Vaccination in the Punjab 1867-1880 - 1867-1880
Year: 1867
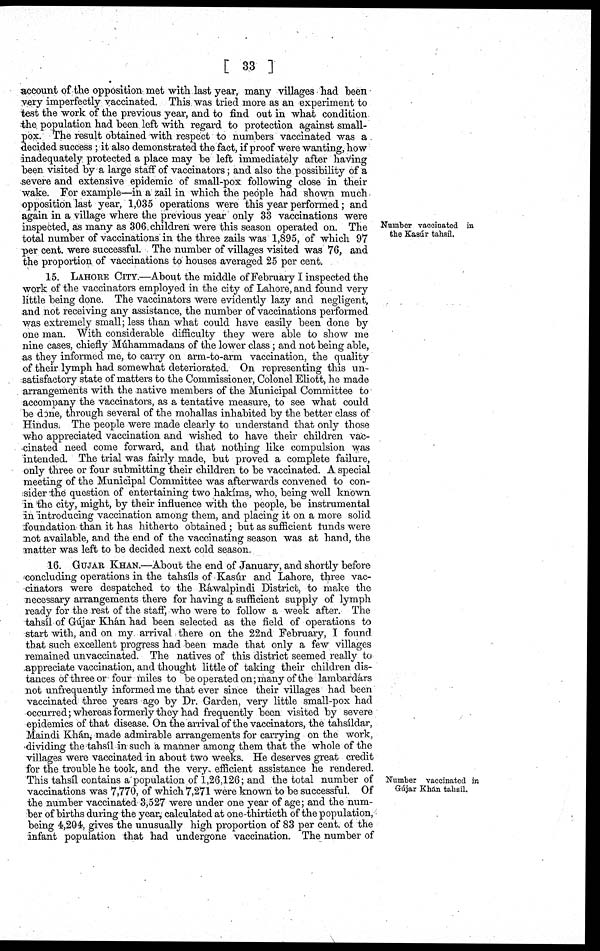
[ 33 ]
Number vaccinated in
the Kasúr tahsíl.
account of the opposition met with last year, many villages had been
very imperfectly vaccinated. This was tried more as an experiment to
test the work of the previous year, and to find out in what condition
the population had been left with regard to protection against small-
pox. The result obtained with respect to numbers vaccinated was a
decided success ; it also demonstrated the fact, if proof were wanting, how
inadequately protected a place may be left immediately after having
been visited by a large staff of vaccinators; and also the possibility of a
severe and extensive epidemic of small-pox following close in their
wake. For example—in a zail in which the people had shown much
opposition last year, 1,035 operations were this year performed; and
again in a village where the previous year only 33 vaccinations were
inspected, as many as 306 children were this season operated on. The
total number of vaccinations in the three zails was 1,895, of which 97
per cent. were successful. The number of villages visited was 76, and
the proportion of vaccinations to houses averaged 25 per cent.
15. LAHORE CITY.—About the middle of February I inspected the
work of the vaccinators employed in the city of Lahore, and found very
little being done. The vaccinators were evidently lazy and negligent,
and not receiving any assistance, the number of vaccinations performed
was extremely small; less than what could have easily been done by
one man. With considerable difficulty they were able to show me
nine cases, chiefly Múhammadans of the lower class; and not being able,
as they informed me, to carry on arm-to-arm vaccination, the quality
of their lymph had somewhat deteriorated. On representing this un-
satisfactory state of matters to the Commissioner, Colonel Eliott, he made
arrangements with the native members of the Municipal Committee to
accompany the vaccinators, as a tentative measure, to see what could
be done, through several of the mohallas inhabited by the better class of
Hindus. The people were made clearly to understand that only those
who appreciated vaccination and wished to have their children vac-
cinated need come forward, and that nothing like compulsion was
intended. The trial was fairly made, but proved a complete failure,
only three or four submitting their children to be vaccinated. A special
meeting of the Municipal Committee was afterwards convened to con-
sider the question of entertaining two hakims, who, being well known
in the city, might, by their influence with the people, be instrumental
in introducing vaccination among them, and placing it on a more solid
foundation than it has hitherto obtained ; but as sufficient funds were
not available, and the end of the vaccinating season was at hand, the
matter was left to be decided next cold season.
Number vaccinated in
Gújar Khan tahsil.
16. GUJAR KHAN.—About the end of January, and shortly before
concluding operations in the tahsíls of Kasúr and Lahore, three vac-
cinators were despatched to the Ráwalpindi District, to make the
necessary arrangements there for having a sufficient supply of lymph
ready for the rest of the staff, who were to follow a week after. The
tahsíl of Gújar Khán had been selected as the field of operations to
start with, and on my arrival there on the 22nd February, I found
that such excellent progress had been made that only a few villages
remained unvaccinated. The natives of this district seemed really to
appreciate vaccination, and thought little of taking their children dis-
tances of three or four miles to be operated on; many of the lambardárs
not unfrequently informed me that ever since their villages had been
vaccinated three years ago by Dr. Garden, very little small-pox had
occurred; whereas formerly they had frequently been visited by severe
epidemics of that disease. On the arrival of the vaccinators, the tahsíldar,
Maindi Khán, made admirable arrangements for carrying on the work,
dividing the tahsíl in such a manner among them that the whole of the
villages were vaccinated in about two weeks. He deserves great credit
for the trouble he took, and the very efficient assistance he rendered.
This tahsíl contains a population of 1,26,126; and the total number of
vaccinations was 7,770, of which 7,271 were known to be successful. Of
the number vaccinated 3,527 were under one year of age; and the num-
ber of births during the year, calculated at one-thirtieth of the population,
being 4,204, gives the unusually high proportion of 83 per cent. of the
infant population that had undergone vaccination. The number of